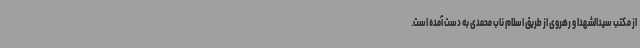
از مکتب سیدالشهدا و رهروی از طریق اسلام ناب محمدی به دست آمده است.